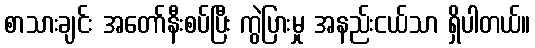
စာသားချင်း အတော်နီးစပ်ပြီး ကွဲပြားမှု အနည်းငယ်သာ ရှိပါတယ်။